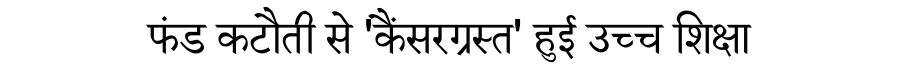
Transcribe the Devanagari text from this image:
फंड कटौती से 'कैंसरग्रस्त' हुई उच्च शिक्षा